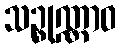
သဉ္စုဏ္ဏာဝ